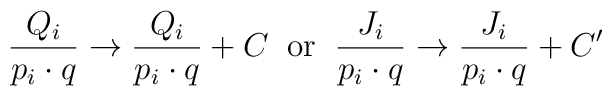
\frac{Q_i}{p_i\cdot q} \rightarrow \frac{Q_i}{p_i\cdot q} + C    \;\;{\rm or}\;\;    \frac{J_i}{p_i\cdot q} \rightarrow \frac{J_i}{p_i\cdot q} + C'